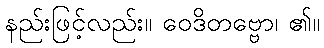
နည်းဖြင့်လည်း။ ဝေဒိတဗ္ဗော၊ ၏။